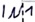
Text: IN1